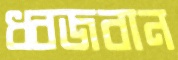
ধ্বজবান